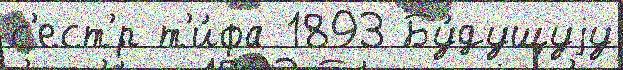
с'ест'́р т'и́фа 1893 Бу́дущуjу